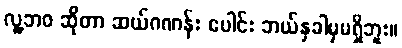
လူ့ဘဝ ဆိုတာ ဆယ်ဂဏန်း ပေါင်း ဘယ်နှခါမှမရှိဘူး။